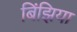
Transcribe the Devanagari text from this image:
बिंझिया